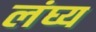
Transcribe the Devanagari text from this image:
लंघ्य